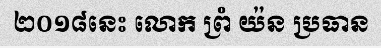
២០១៨នេះ លោក ព្រំ យ៉ន ប្រធាន